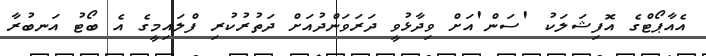
އެއާޕޯޓްގެ އޮފިޝަލަކު 'ސަން'އަށް ވިދާޅުވީ ދަރަވަންދުއަށް ދަތުރުކުރި ފްލައިމީގެ އެ ބޯޓު އަނބުރާ